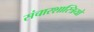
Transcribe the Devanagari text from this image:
संचारशास्त्रियों